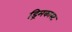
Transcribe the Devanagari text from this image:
ड्रिमकास्ट